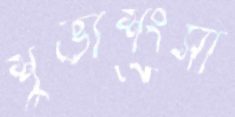
শুভাশংসা